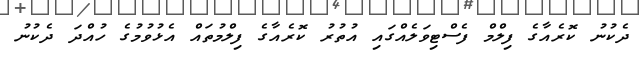
ދެކުނު ކޮރެއާގެ ފިލްމް ފެސްޓިވަލެއްގައި އުތުރު ކޮރެއާގެ ފިލްމުތައް އެޅުވުމުގެ ހުއްދަ ދެކުނު